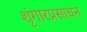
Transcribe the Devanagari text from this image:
शृंगारप्रसाधन